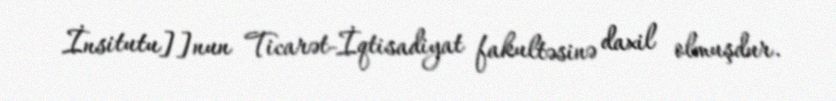
İnsitutu]]nun Ticarət-İqtisadiyat fakultəsinə daxil olmuşdur.